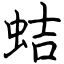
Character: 蛣